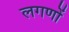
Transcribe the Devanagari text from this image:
लगणों